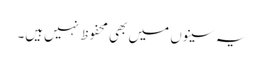
یہ سینوں میں بھی محفوظ نہیں‌ہیں۔